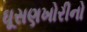
ઘૂસણખોરીનો